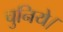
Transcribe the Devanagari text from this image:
चुनिये।